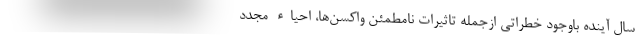
سال آینده باوجود خطراتی ازجمله تاثیرات نامطمئن واکسن‌ها، احیاء مجدد